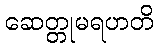
ဆေတ္တုမရဟတိ